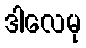
ဒါလေမု